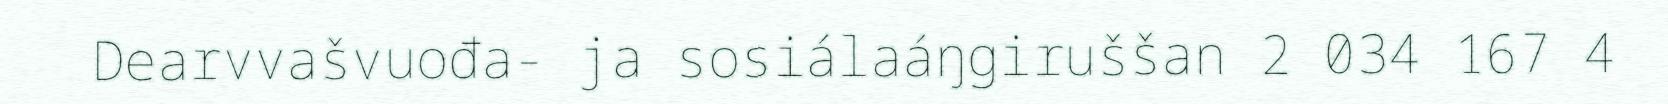
Dearvvašvuođa- ja sosiálaáŋgiruššan 2 034 167 4